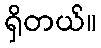
ရှိတယ်။